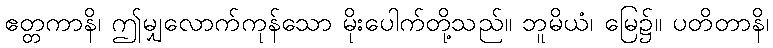
ဧတ္တကာနိ၊ ဤမျှလောက်ကုန်သော မိုးပေါက်တို့သည်။ ဘူမိယံ၊ မြေ၌။ ပတိတာနိ၊